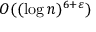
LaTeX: O ( ( \log n ) ^ { 6 + \varepsilon } )